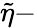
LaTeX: \tilde{\eta}-